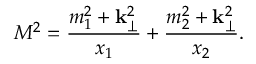
M ^ { 2 } = \frac { m _ { 1 } ^ { 2 } + { \bf k } _ { \perp } ^ { 2 } } { x _ { 1 } } + \frac { m _ { 2 } ^ { 2 } + { \bf k } _ { \perp } ^ { 2 } } { x _ { 2 } } .